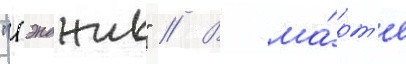
"гэнджис" // В ма́рт'е